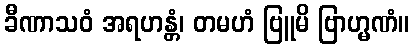
ခီဏာသဝံ အရဟန္တံ၊ တမဟံ ဗြူမိ ဗြာဟ္မဏံ။